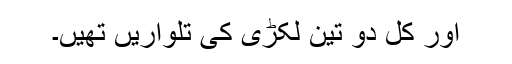
اور کل دو تین لکڑی کی تلواریں تھیں۔